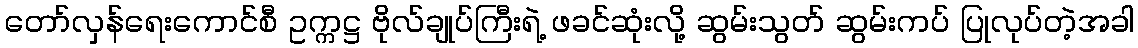
တော်လှန်ရေးကောင်စီ ဥက္ကဋ္ဌ ဗိုလ်ချုပ်ကြီးရဲ့ ဖခင်ဆုံးလို့ ဆွမ်းသွတ် ဆွမ်းကပ် ပြုလုပ်တဲ့အခါ